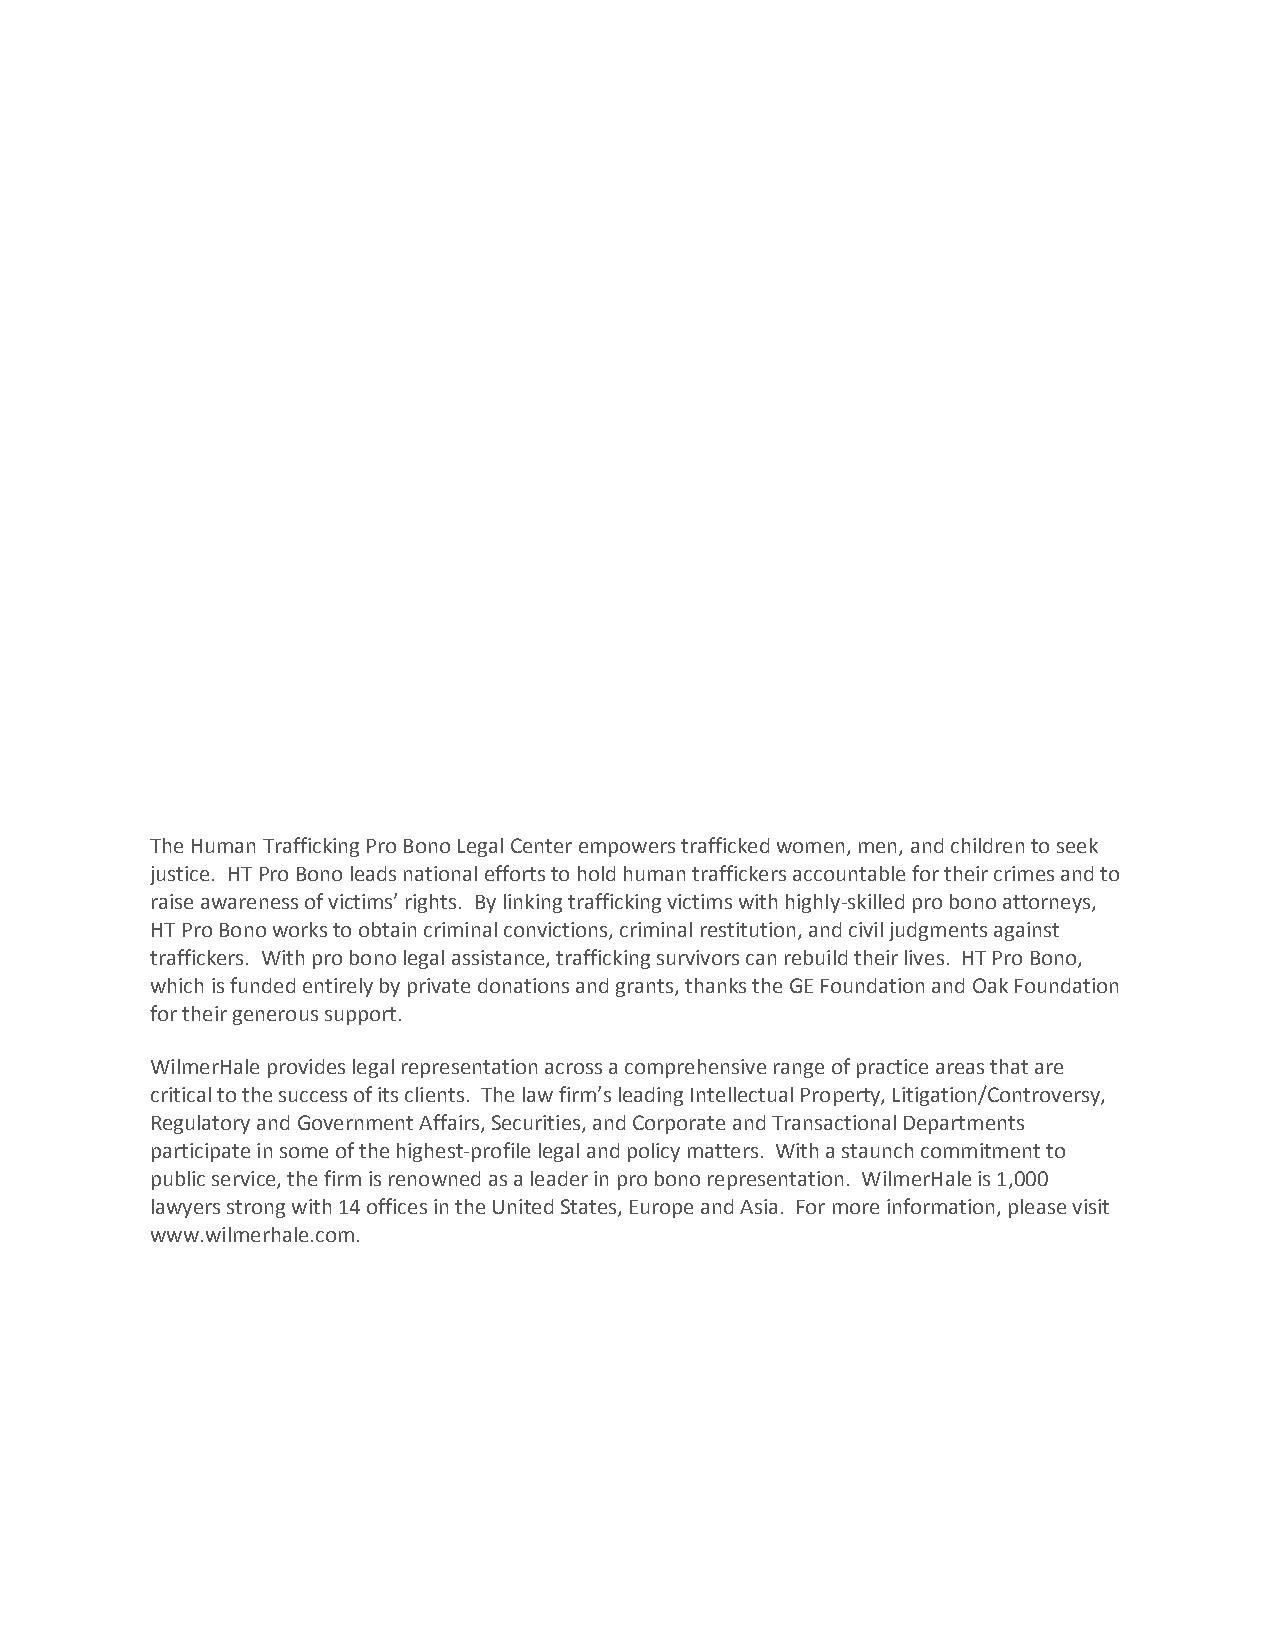
The Human Trafficking Pro Bono Legal Center empowers trafficked women, men, and children to seek
 justice. HT Pro Bono leads national efforts to hold human traffickers accountable for their crimes and to
 raise awareness of victims’ rights. By linking trafficking victims with highly-skilled pro bono attorneys,
 HT Pro Bono works to obtain criminal convictions, criminal restitution, and civil judgments against
 traffickers. With pro bono legal assistance, trafficking survivors can rebuild their lives. HT Pro Bono,
 which is funded entirely by private donations and grants, thanks the GE Foundation and Oak Foundation
 for their generous support.
 WilmerHale provides legal representation across a comprehensive range of practice areas that are
 critical to the success of its clients. The law firm’s leading Intellectual Property, Litigation/Controversy,
 Regulatory and Government Affairs, Securities, and Corporate and Transactional Departments
 participate in some of the highest-profile legal and policy matters. With a staunch commitment to
 public service, the firm is renowned as a leader in pro bono representation. WilmerHale is 1,000
 lawyers strong with 14 offices in the United States, Europe and Asia. For more information, please visit
 www.wilmerhale.com.